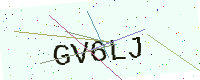
Text: GV6LJ